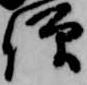
僧